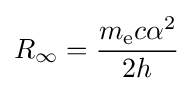
R_{\infty }={\frac {m_{\rm {e}}c\alpha ^{2}}{2h}}